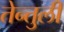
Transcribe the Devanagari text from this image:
तेन्तुली